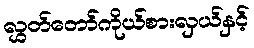
လွှတ်တော်ကိုယ်စားလှယ်နှင့်